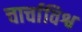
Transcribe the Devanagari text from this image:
चार्चाविश्व